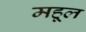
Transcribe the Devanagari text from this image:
महूल